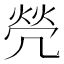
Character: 焭